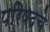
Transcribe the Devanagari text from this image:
परिषदचे